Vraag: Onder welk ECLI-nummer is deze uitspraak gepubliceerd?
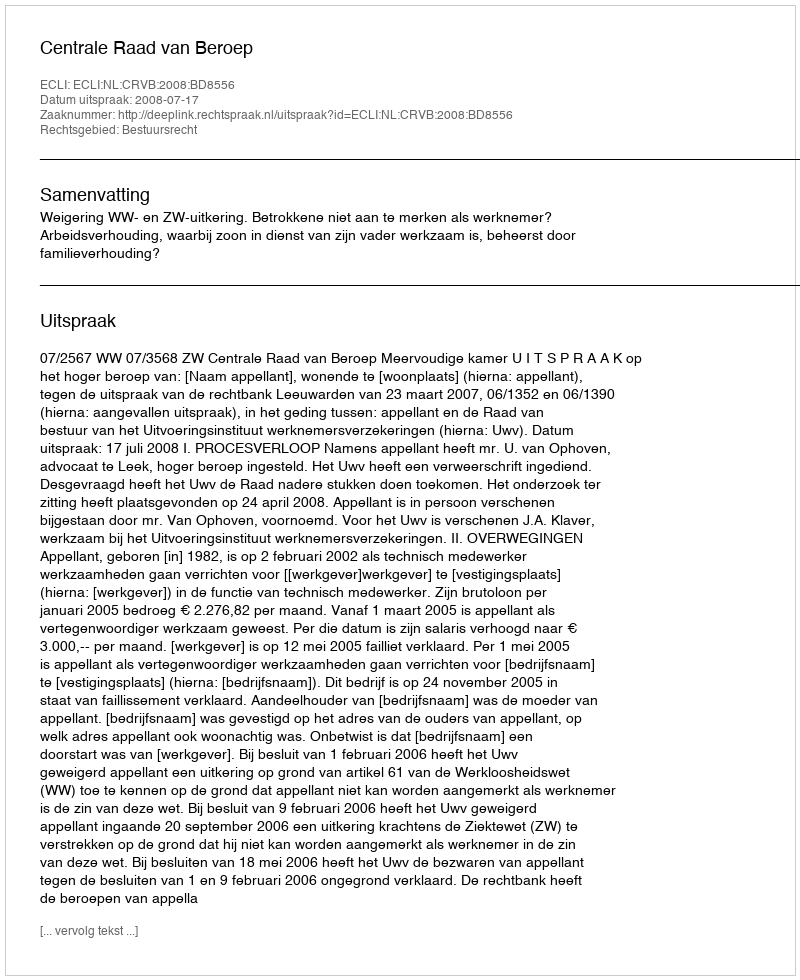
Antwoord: ECLI:NL:CRVB:2008:BD8556